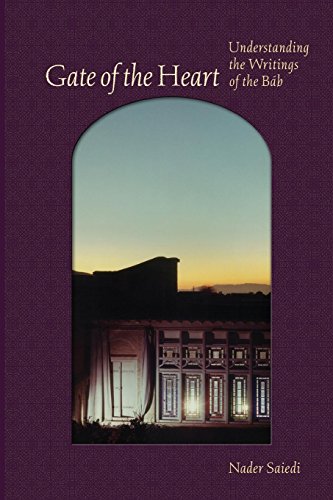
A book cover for Gate of the Heart:: Understanding the Writings of the Bab (Baha'i Studies); Nader Saiedi; Religion & Spirituality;